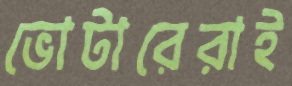
ভোটারেরাই